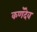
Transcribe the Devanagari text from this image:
कणॅदेव